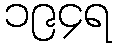
၁၉၄ရ